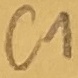
Text: C1